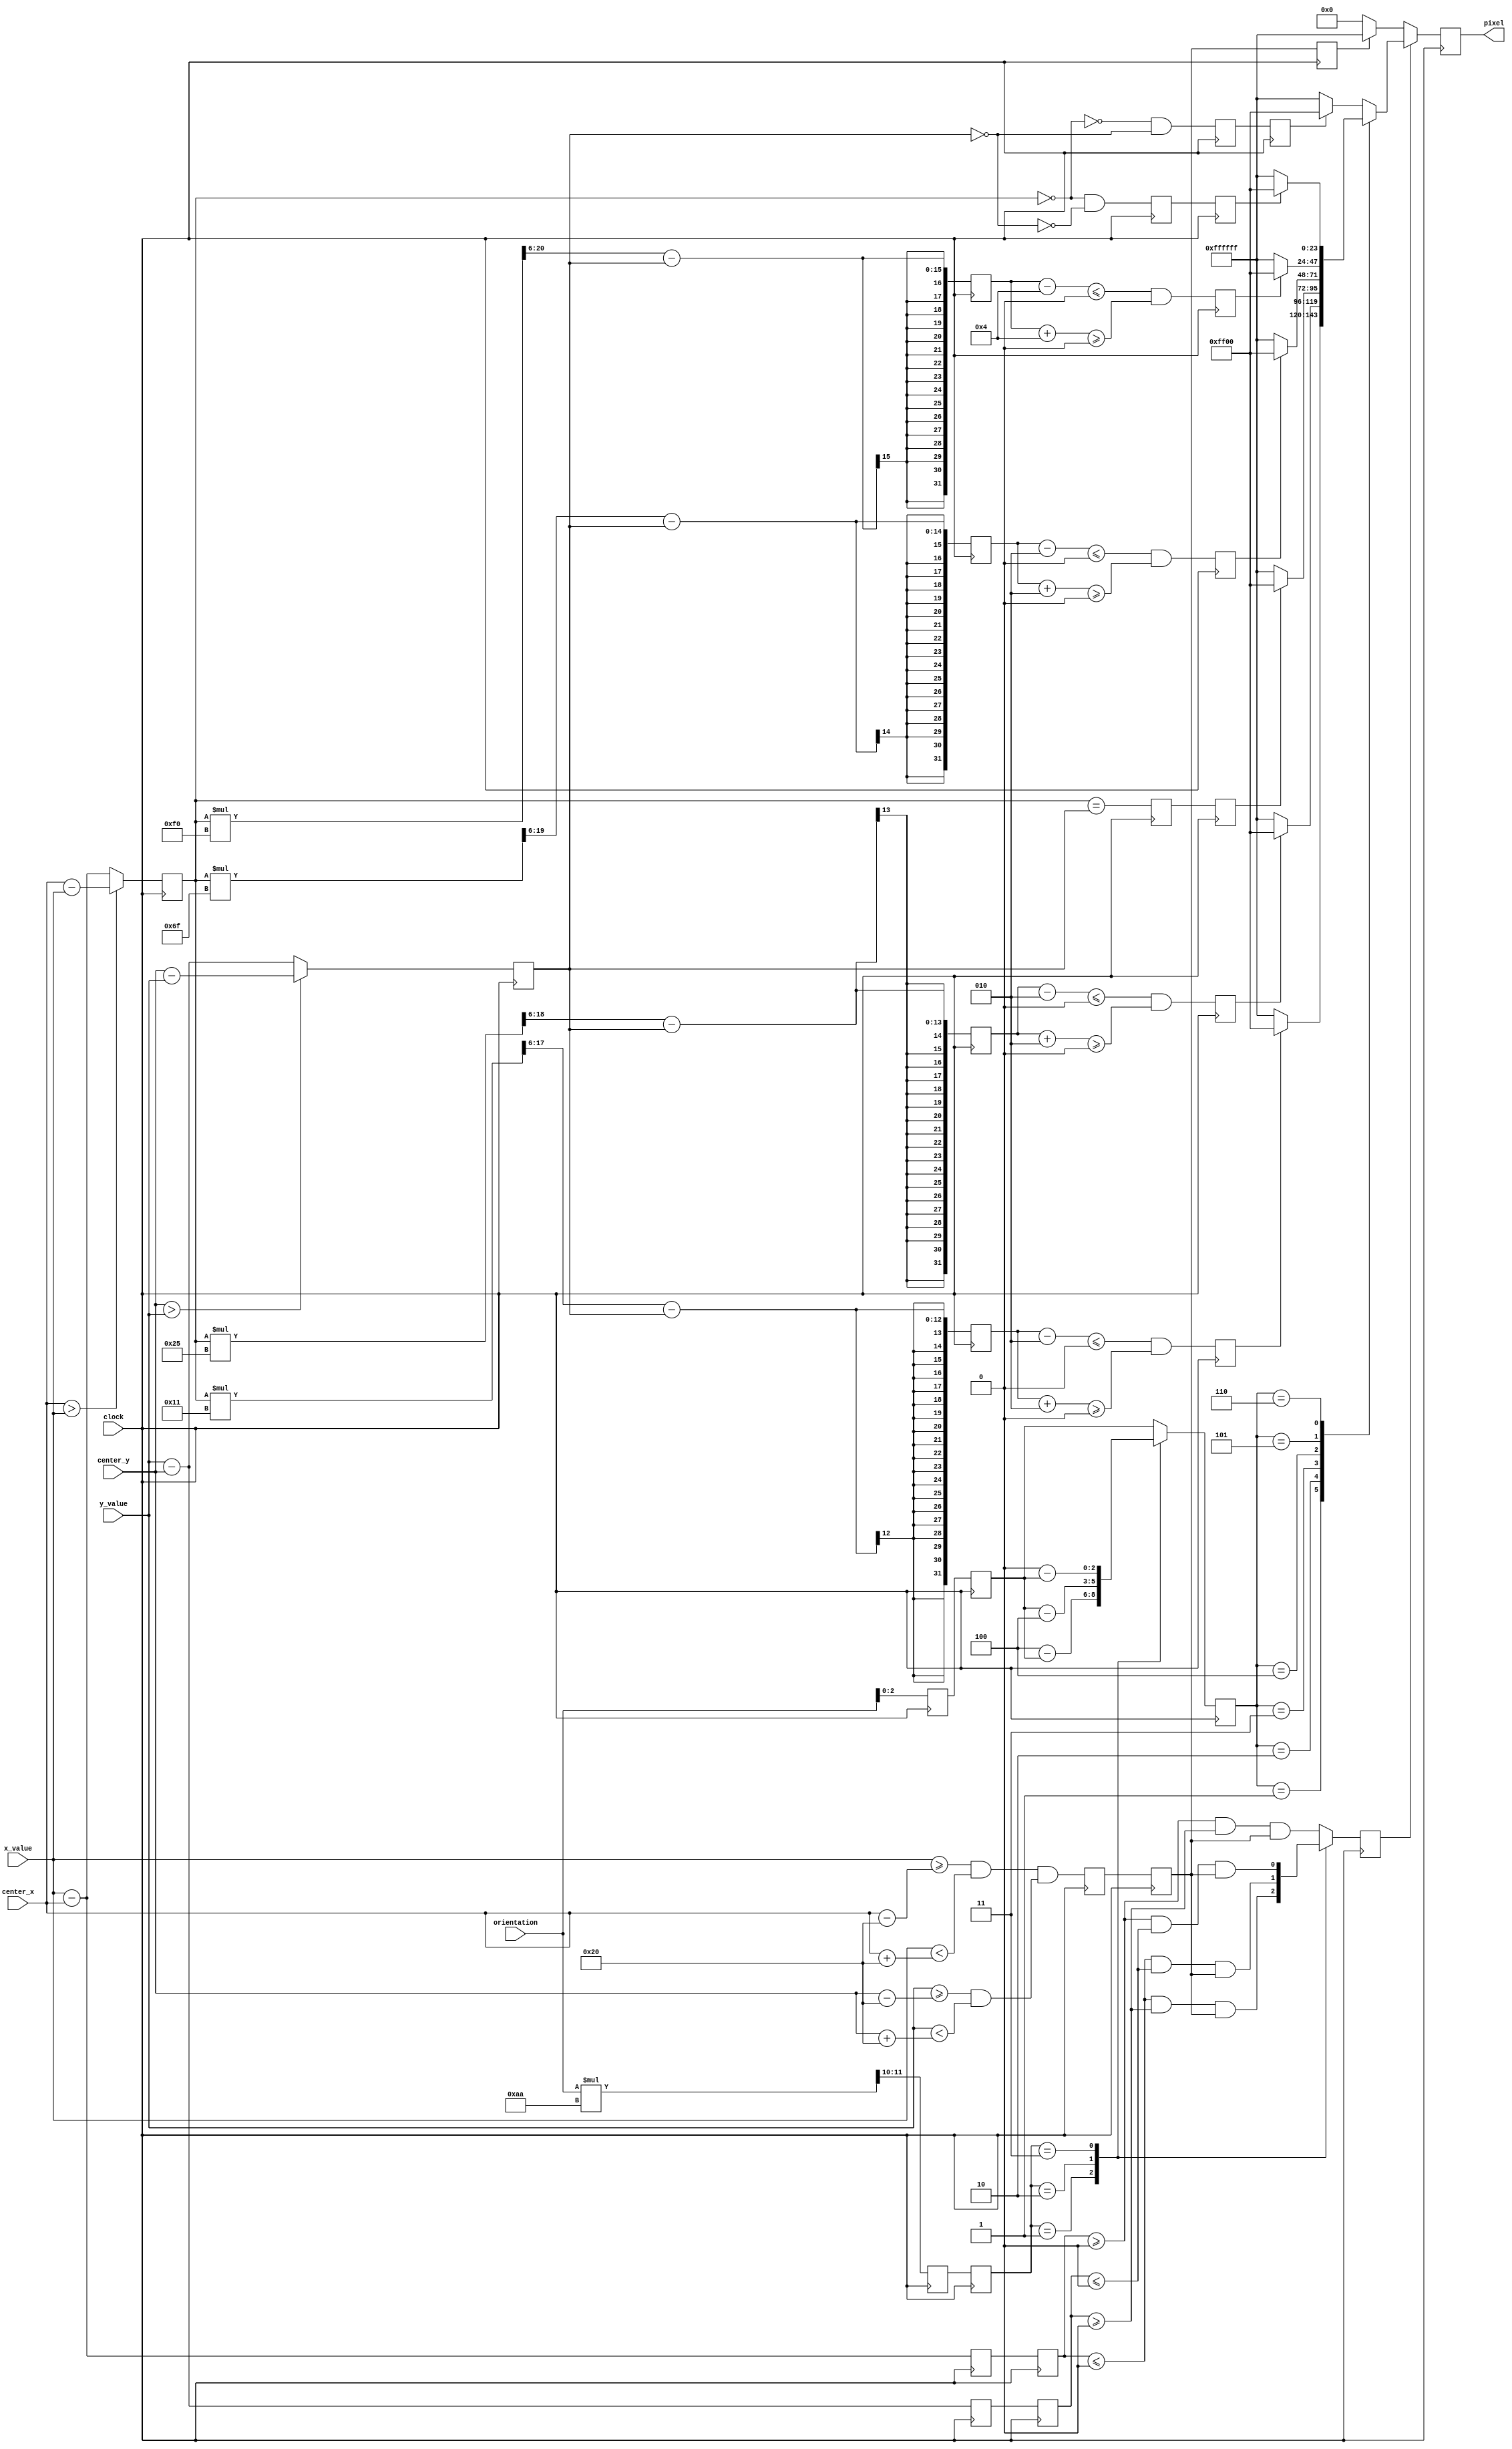
`timescale 1ns / 1ps
//////////////////////////////////////////////////////////////////////////////////
// Company:        MIT 6.111 Final Project
// 
// Module Name:    Triangle
// Project Name:   FPGA Radar Guidance
//
// Notes: Based off of Blob from Lab3
//////////////////////////////////////////////////////////////////////////////////
module triangle
	#(parameter WIDTH = 64,HEIGHT = 64,COLOR = 24'hFF_FF_FF,
	  BLANK_COLOR=24'h00_00_00,INDICATOR_COLOR = 24'h00_FF_00)
    (input signed [11:0] center_x,
     input signed [11:0] x_value,
     input signed [11:0] center_y,
     input signed [11:0] y_value,
	  input [4:0] orientation,
     input clock,
     output reg [23:0] pixel);
	 
	 // parameters needed to define lines and directions every 15 degrees
	 parameter WIDTH_D2 = WIDTH/2;
	 parameter HEIGHT_D2 = HEIGHT/2;
	 parameter D180 = 12;
    parameter D360 = 24;
    
    // Phase 1 helpers
    reg in_square;
    reg signed [11:0] delta_x;
	 reg signed [11:0] delta_y;
	 reg signed [11:0] abs_delta_x;
	 reg signed [11:0] abs_delta_y;
    reg [31:0] orientation_quadrant; // large bit size to multiply and shift
    reg [4:0] orientation2;
    
    // Phase 2 helpers
    // while we are solving for 00 to 90 we are really solving for 00 to 90 + 90n to get
	 // all for directions and then using a quadrant test later
	 // for 00 and 90 need some x or y and 0 of the other
    reg test_on_00;
    reg test_on_45;
    reg test_on_90;
    reg signed [31:0] test_on_15; // large bit size to multiply and shift
	 reg signed [31:0] test_on_30; // large bit size to multiply and shift
	 reg signed [31:0] test_on_60; // large bit size to multiply and shift
	 reg signed [31:0] test_on_75; // large bit size to multiply and shift
    reg [1:0] orientation_quadrant2;
    reg signed [11:0] delta_x2;
    reg signed [11:0] delta_y2;
    reg in_square2;
    reg [4:0] orientation3;
    
    // Phase 3 helpers
    // we need to apply a ROUNDING factor for the bit shift rounding
	 parameter ROUNDING_FACTOR = 2;
	 parameter ROUNDING_FACTOR_2 = 2 * ROUNDING_FACTOR;
    reg on_00;
	 reg on_15;
	 reg on_30;
	 reg on_45;
	 reg on_60;
	 reg on_75;
	 reg on_90;
    // keep the quadrant and orientation and in square around
    reg right_quadrant;
    reg [2:0] orientation_angle;
	 reg in_square3;
    
    // we need to pipeline all of this as it doesn't clear fast enough
    always @(posedge clock) begin
      
      // Phase 1: get in square and abs_deltas and deltas and quadrant
      in_square <= (x_value >= (center_x-WIDTH_D2) && x_value < (center_x+WIDTH_D2)) && 
                   (y_value >= (center_y-HEIGHT_D2) && y_value < (center_y+HEIGHT_D2)); 
      delta_x <= x_value - center_x;
      delta_y <= y_value - center_y;
      abs_delta_x <= (center_x > x_value) ? (center_x - x_value) : (x_value - center_x);
      abs_delta_y <= (center_y > y_value) ? (center_y - y_value) : (y_value - center_y);
      // orientation 0 = 0, 1 = 15 ... 24 = 90 so orientation / 6 == quadrant 
      orientation_quadrant <= (orientation * 170) >> 10;// 1/6 is about 170/1024
      orientation2 <= orientation;
      
      // Phase 2 calc all lines we care about, get angle and make sure we are in right quadrant
      test_on_00 <= (!(abs_delta_x == 0)) && (abs_delta_y == 0); // change in x but none in y
      test_on_90 <= (abs_delta_x == 0) && (!(abs_delta_y == 0)); // change in y but none in x
      test_on_45 <= abs_delta_x == abs_delta_y; // for 45 we need delta x = delta y
      test_on_15 <= ((abs_delta_x*17) >>> 6) - abs_delta_y;  // tan 15 is about 17/64
      test_on_30 <= ((abs_delta_x*37) >>> 6) - abs_delta_y; // tan 75 is about 37/64
      test_on_60 <= ((abs_delta_x*111) >>> 6) - abs_delta_y; // tan 75 is about 111/64
      test_on_75 <= ((abs_delta_x*240) >>> 6) - abs_delta_y; // tan 75 is about 240/64
      // save values for next phase
      orientation_quadrant2 <= orientation_quadrant[1:0];
      in_square2 <= in_square;
      orientation3 <= orientation2;
      delta_x2 <= delta_x;
      delta_y2 <= delta_y;
      
      // phase 3 find if we are on the lines and in the right quadrant and get the angle
      on_00 <= test_on_00;
      on_90 <= test_on_90;
      on_45 <= test_on_45;
      on_15 <= (test_on_15 - ROUNDING_FACTOR <= 0) && 
					(test_on_15 + ROUNDING_FACTOR >= 0);
      on_30 <= (test_on_30 - ROUNDING_FACTOR <= 0) && 
					(test_on_30 + ROUNDING_FACTOR >= 0);
      on_60 <= (test_on_60 - ROUNDING_FACTOR <= 0) && 
					(test_on_60 + ROUNDING_FACTOR >= 0);
      on_75 <= (test_on_75 - ROUNDING_FACTOR_2 <= 0) && 
					(test_on_75 + ROUNDING_FACTOR_2 >= 0);
      case (orientation_quadrant2)         
         // base 0 so 1 is 2nd quadrant
         1: begin
            right_quadrant <= (delta_x2 <= 0) && (delta_y2 >=0) && in_square2;
            orientation_angle <= D180 - orientation3; // 12 is 180 which is 0 (0), 7 is 105 which is 75 (5)
         end
         // base 0 so 2 is 3nd quadrant
         2: begin
            right_quadrant <= (delta_x2 <= 0) && (delta_y2 <=0) && in_square2;
            orientation_angle <= orientation3 - D180; // 18 is 270 which is 90 (6), 13 is 195 which is 15 (1)
         end
         // base 0 so 3 is 4th quadrant
         3: begin
            right_quadrant <= (delta_x2 >= 0) && (delta_y2 <=0) && in_square2;
            orientation_angle <= D360 - orientation3; // 24 is 360 which is 0 (0), 23 is 345 which is 15 (1)
         end
         // default to 1st quadrant
         default: begin
            right_quadrant <= (delta_x2 >= 0) && (delta_y2 >=0) && in_square2;
            orientation_angle <= orientation3;
         end
      endcase
		in_square3 <= in_square2;
      
      // Phase 4 is output the result based on angle
      if (right_quadrant) begin
         case (orientation_angle)
            // 1 is 15 degrees
            1: begin
               pixel <= on_15 ? INDICATOR_COLOR : COLOR;
            end
            // 2 is 30 degrees
            2: begin
               pixel <= on_30 ? INDICATOR_COLOR : COLOR;
            end
            // 3 is 45 degrees
            3: begin
               pixel <= on_45 ? INDICATOR_COLOR : COLOR;
            end
            // 4 is 60 degrees
            4: begin
               pixel <= on_60 ? INDICATOR_COLOR : COLOR;
            end
            // 5 is 75 degrees
            5: begin
               pixel <= on_75 ? INDICATOR_COLOR : COLOR;
            end
            // 6 is 90 degrees
            6: begin
               pixel <= on_90 ? INDICATOR_COLOR : COLOR;
            end
            // default to 00 degrees
            default: begin
               pixel <= on_00 ? INDICATOR_COLOR : COLOR;
            end
         endcase
      end
      else begin
			// if in square but not right quadrant then COLOR else BLANK
			if (in_square3) begin
				pixel <= COLOR;
			end
			else begin
				pixel <= BLANK_COLOR;
			end
      end
    end
endmodule